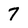
Character: 7